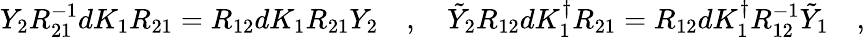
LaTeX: Y_{2}R_{21}^{-1}dK_{1}R_{21}=R_{12}dK_{1}R_{21}Y_{2}\quad,\quad\tilde{Y}_{2}R_{12}dK_{1}^{\dagger}R_{21}=R_{12}dK_{1}^{\dagger}R_{12}^{-1}\tilde{Y}_{1}\quad,